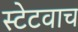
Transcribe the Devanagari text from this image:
स्टेटवाच